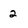
Character: 2